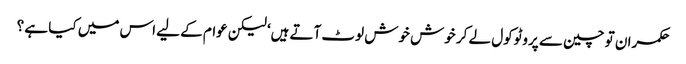
حکمران تو چین سے پروٹوکول لے کر خوش خوش لوٹ آتے ہیں‘ لیکن عوام کے لیے اس میں کیا ہے ؟